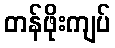
တန်ဖိုးကျပ်